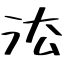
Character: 㳒